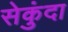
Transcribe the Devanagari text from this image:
सेकुंदा